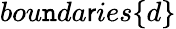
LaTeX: bou\mathtt{n}da\mathsf{r}ies\{ d\}